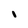
Character: I